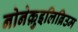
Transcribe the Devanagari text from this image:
नोनेक़ुइलिब्रिउम